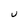
Character: U